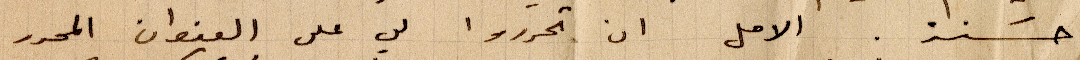
حسنة. الأمل ان تحرروا لي على العنوان المحرر